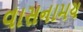
વાસનામય